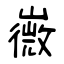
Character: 嶶